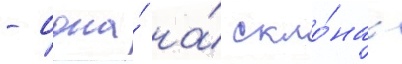
- одна́ на́ скло́нах